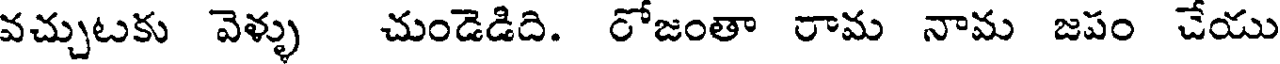
వచ్చుటకు వెళ్ళు చుండెడిది. రోజంతా రామ నామ జపం చేయు